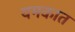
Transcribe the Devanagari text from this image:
यमकात